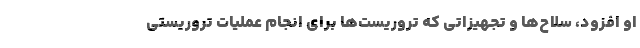
او افزود، سلاح‌ها و تجهیزاتی که تروریست‌ها برای انجام عملیات تروریستی